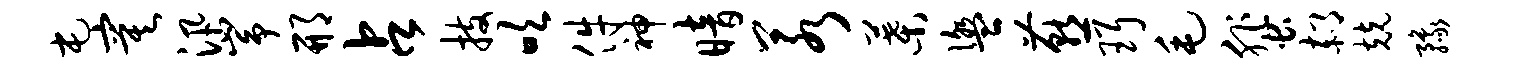
屯寞汛峥邢占技吹件神暗若叶盥燕珥毛蜚郝兢豫